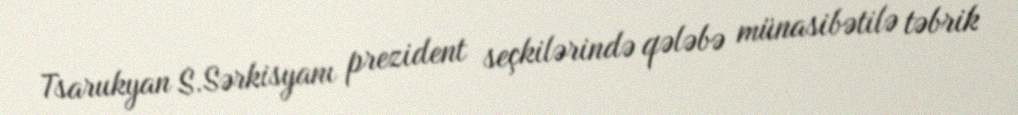
Tsarukyan S.Sərkisyanı prezident seçkilərində qələbə münasibətilə təbrik